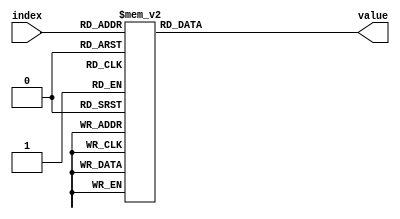
// Created by Jeevaka Dassanayake on 5/26/18.
//   Copyright (c) 2018 Jeevaka Dassanayake.

module Message( input [3:0] index, output reg [4:0] value );

always @*
case (index)
	4'h0: value = 5'b01000;
	4'h1: value = 5'b00000;
	4'h2: value = 5'b00100;
	4'h4: value = 5'b00100;
	4'h5: value = 5'b00011;
	4'h6: value = 5'b00010;
	4'h8: value = 5'b00101;
	4'h9: value = 5'b00100;
	4'ha: value = 5'b00111;
	4'hb: value = 5'b00010;


//	4'h0: value = 5'b00000;
//	4'h1: value = 5'b00001;
//	4'h2: value = 5'b00010;
//	4'h3: value = 5'b00011;
//	4'h4: value = 5'b00100;
//	4'h5: value = 5'b00101;
//	4'h6: value = 5'b00110;
//	4'h7: value = 5'b00111;
//	4'h8: value = 5'b01000;
//	4'h9: value = 5'b01001;
	default: value = 5'b10001;
endcase

endmodule